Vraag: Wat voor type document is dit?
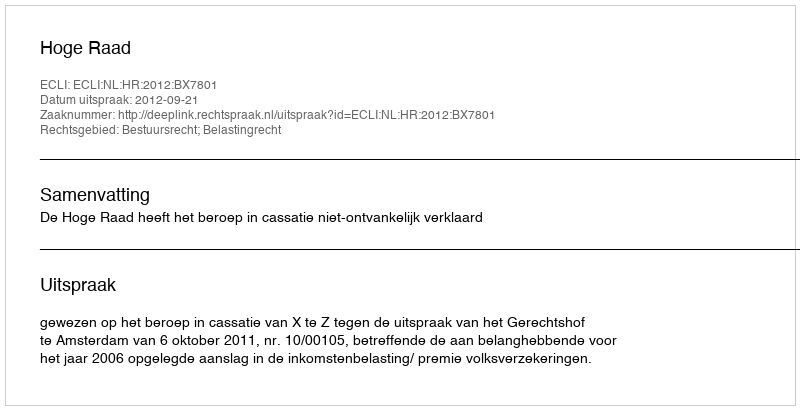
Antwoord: Uitspraak